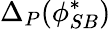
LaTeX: \Delta_{P}(\phi_{SB}^{*})